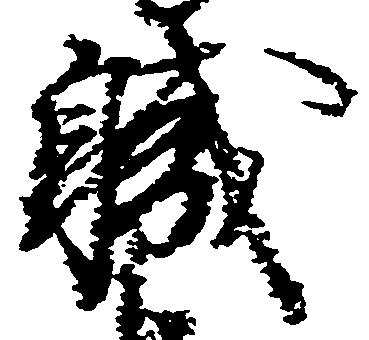
職